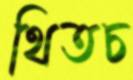
থিতচ